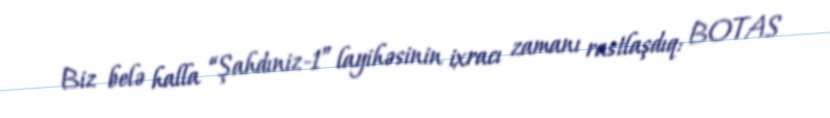
Biz belə halla “Şahdıniz-1” layihəsinin ixracı zamanı rastlaşdıq: BOTAS